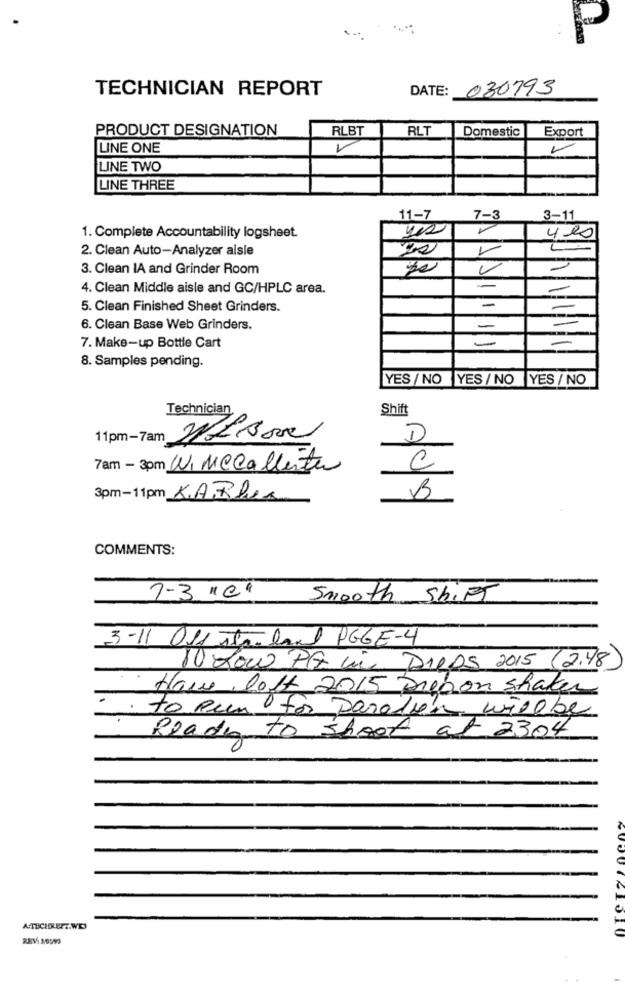
P
TECHNICIAN REPORT
DATE: 030793
PRODUCT DESIGNATION
RLBT
RLT
Domestic
Export
LINE ONE
LINE TWO
LINE THREE
11-7
7-3
3-11
yes
1. Complete Accountability logsheet.
4.00
2. Clean Auto-Analyzer aisle
3. Clean IA and Grinder Room
20
-
4. Clean Middle aisle and GC/HPLC area.
-
-
5. Clean Finished Sheet Grinders.
-
6. Clean Base Web Grinders.
=
7. Make-up Bottle Cart
8. Samples pending.
YES / NO YES /NO YES / NO
Technician
Shift
11pm-7am NEBO
D
7am - 3pm Ni Mccallenter
C
3pm-11pm KARlex
B
COMMENTS:
7-3 "0"
Smooth Shift
3-11 11 sea-land PGGE-4
10 low PF un DADS 2015 (2.78
Have loft 2015 Dieron shaker
to Run for paralen willbe
Ready to shoot at 2304
ATECHRETT.WE
6000741310